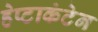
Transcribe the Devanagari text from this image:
हेप्टाकंटेन